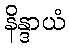
နိန္ဒာယံ